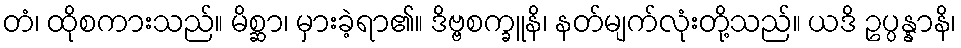
တံ၊ ထိုစကားသည်။ မိစ္ဆာ၊ မှားခဲ့ရာ၏။ ဒိဗ္ဗစက္ခူနိ၊ နတ်မျက်လုံးတို့သည်။ ယဒိ ဥပ္ပန္နာနိ၊